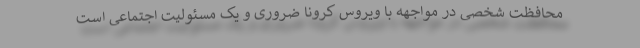
محافظت شخصی در مواجهه با ویروس کرونا ضروری و یک مسئولیت اجتماعی است